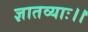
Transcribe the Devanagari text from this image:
ज्ञातव्याः।।